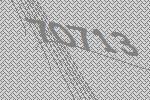
70713